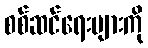
စစ်ဆင်ရေးများကို